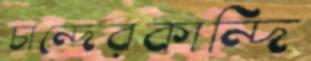
চান্দেরকান্দি